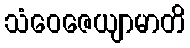
သံဝေဇေယျာမာတိ